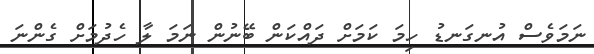
ނަމަވެސް އުނގަނޑު ހިމަ ކަމަށް ދައްކަން ބޭނުން ނަމަ ލާ ހެދުމަށް ގެންނަ